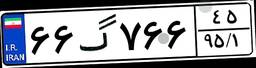
۶۶گ۷۶۶۴۵